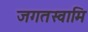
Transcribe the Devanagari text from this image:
जगतस्‍वामि